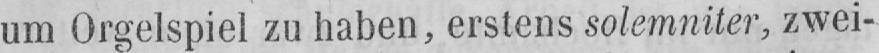
um Orgelspiel zu haben, erstens solemniter, zwei-